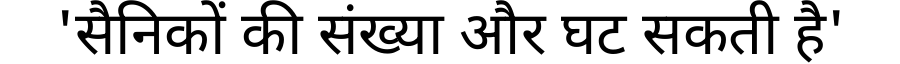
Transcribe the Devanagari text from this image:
'सैनिकों की संख्या और घट सकती है'